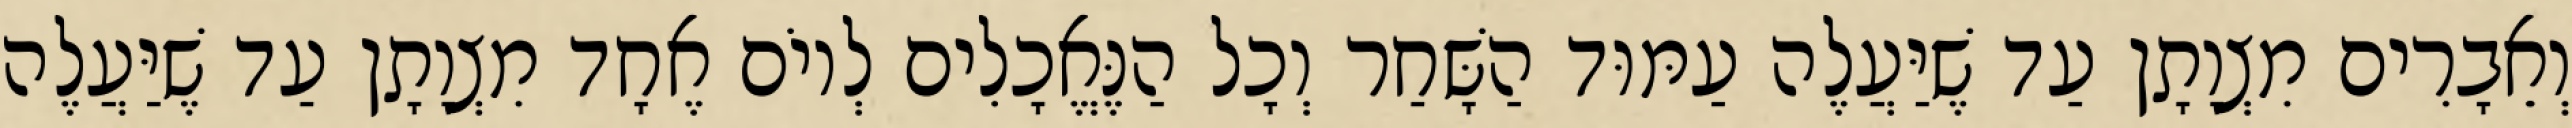
וְאֵבָרִים מִצְוָתָן עַד שֶׁיַּעֲלֶה עַמּוּד הַשָּׁחַר וְכָל הַנֶּאֱכָלִים לְיוֹם אֶחָד מִצְוָתָן עַד שֶׁיַּעֲלֶה